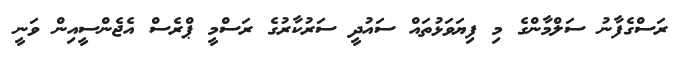
ރަސްގެފާނު ސަލްމާންގެ މި ފިޔަވަޅުތައް ސައުދީ ސަރުކާރުގެ ރަސްމީ ޕްރެސް އެޖެންސީއިން ވަނީ